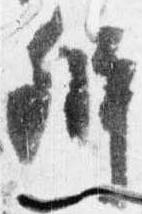
弁